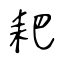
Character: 耙